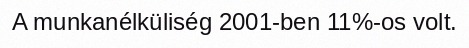
A munkanélküliség 2001-ben 11%-os volt.